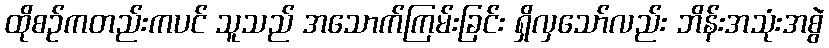
ထိုစဉ်ကတည်းကပင် သူသည် အသောက်ကြမ်းခြင်း ရှိလှသော်လည်း ဘိန်းအသုံးအစွဲ